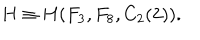
H \equiv H ( F _ { 3 } , F _ { 8 } , C _ { 2 } ( 2 ) ) .